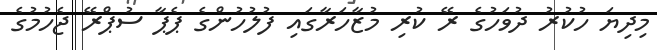
މިދިޔަ ހުކުރު ދުވަހުގެ ރޭ ކުރި މުޒާހަރާގައި ފުލުހުންގެ ޕެޕާ ސުޕްރޭ ޖެހުމުގެ